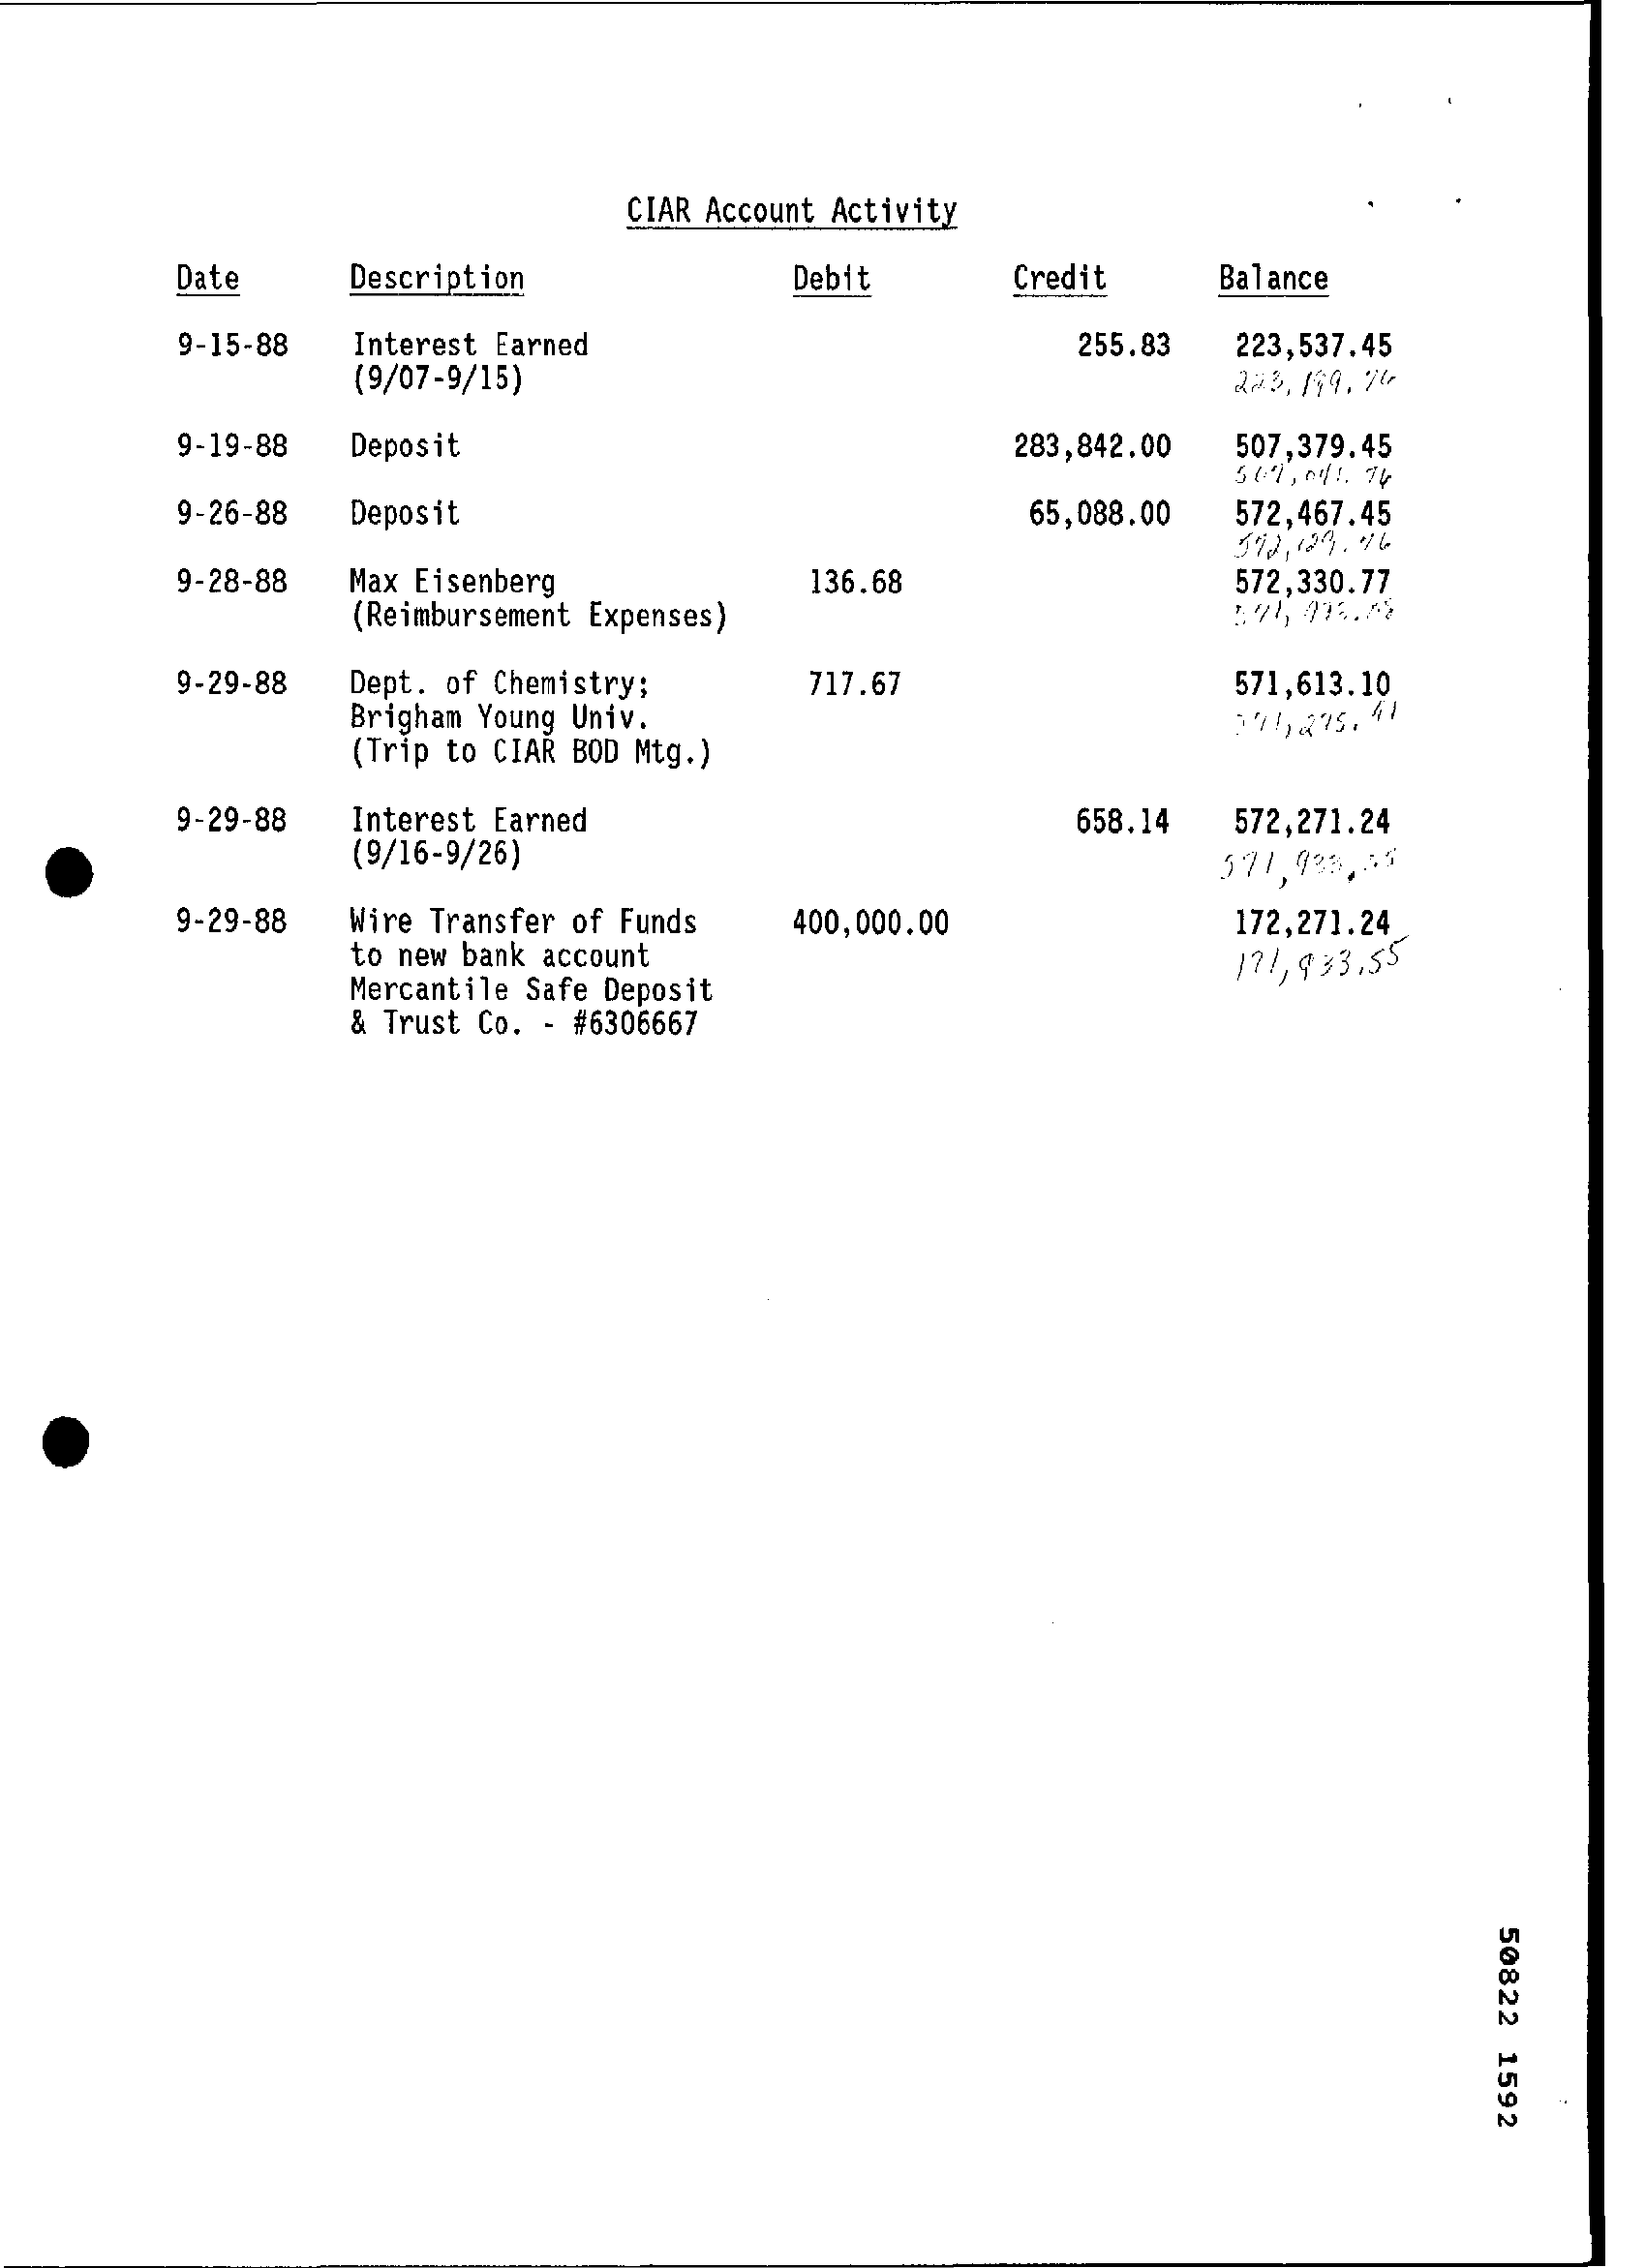
CIAR Account Activity
     Date   Description    Debit    Credit Balance
     9-15-88 Interest Earned
     (9/07-9/15)
     255.83 223,537.45
     223. 199.76
     9-19-88 Deposit    283,842.00 507,379.45
     567, 04 :. 75
     9-26-88 Deposit    65,088.00 572,467.45
     599,129.96
     9-28-88 Max Eisenberg
     (Reimbursement Expenses)
     136.68    572,330.77
     9-29-88 Dept. of Chemistry;
     Brigham Young Univ.
     717.67    571,613.10
     (Trip to CIAR BOD Mtg.)
     191,275.41
     9-29-88 Interest Earned
     (9/16-9/26)
     658.14 572,271.24
     571,933,55
     9-29-88 Wire Transfer of Funds 400,000.00 172,27].24
     to new bank account
     Mercantile Safe Deposit
     17/, 933,55
     & Trust Co. - #6306667
     50822
     1592